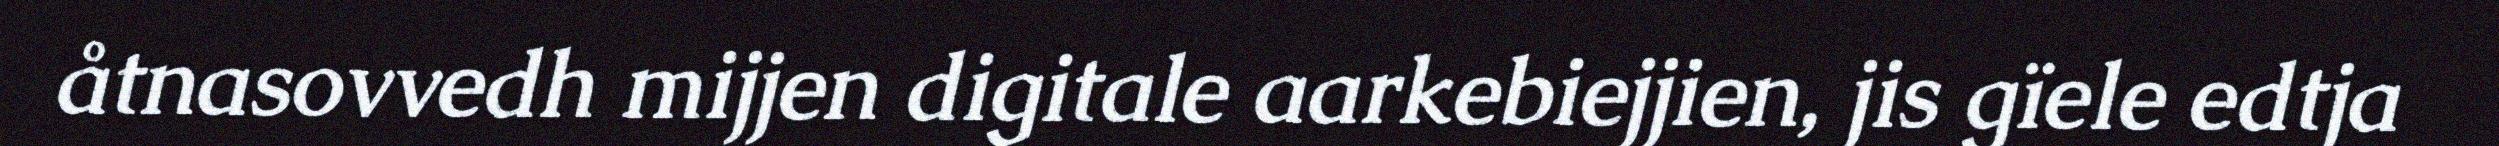
åtnasovvedh mijjen digitale aarkebiejjien, jis gïele edtja